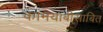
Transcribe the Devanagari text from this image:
कामयाबीसाबित